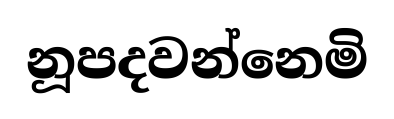
නූපදවන්නෙමි